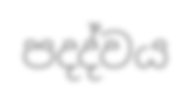
පදද්වය